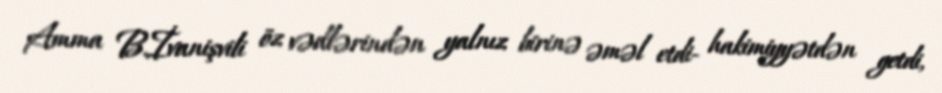
Amma B.İvanişvili öz vədlərindən yalnız birinə əməl etdi- hakimiyyətdən getdi,